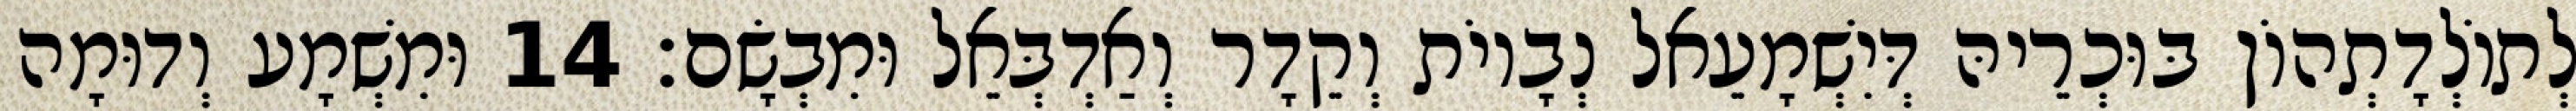
לְתוֹלְדָתְהוֹן בּוּכְרֵיהּ דְּיִשְׁמָעֵאל נְבָיוֹת וְקֵדָר וְאַדְבְּאֵל וּמִבְשָׂם׃ 14 וּמִשְׁמָע וְדוּמָה